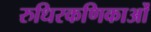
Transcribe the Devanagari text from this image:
रुधिरकणिकाओं